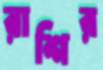
রাশির